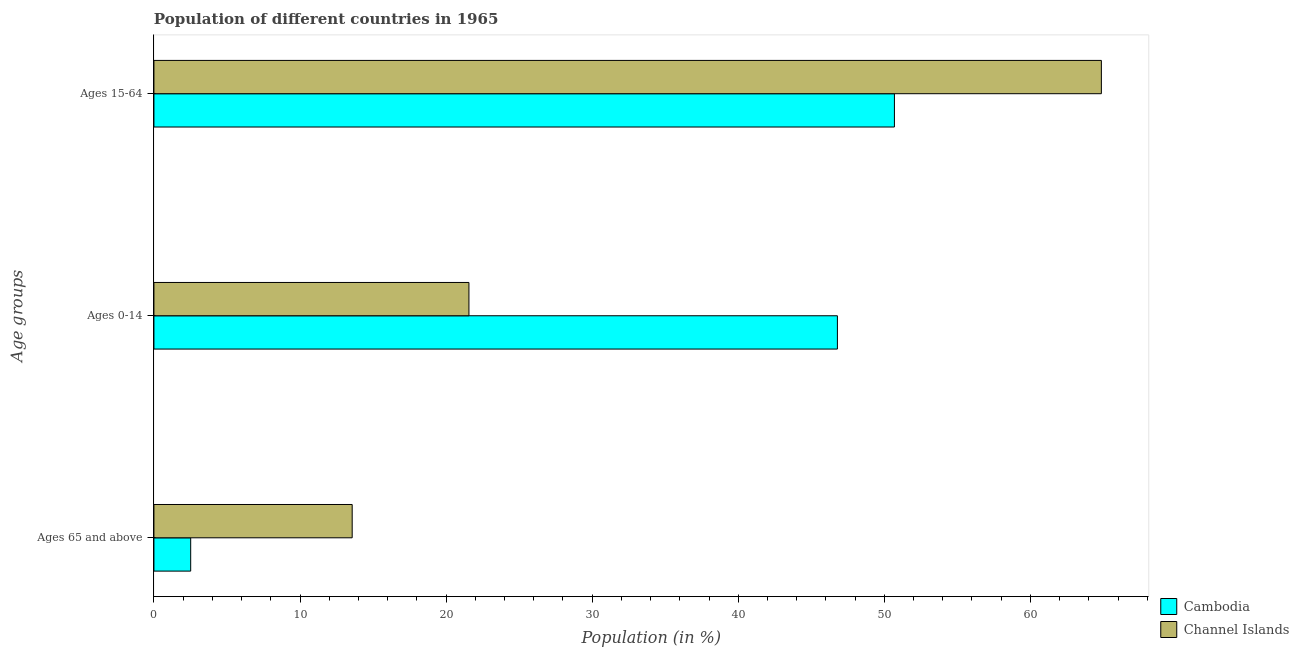
| Age groups | Cambodia | Channel Islands |
 | --- | --- | --- |
 | Ages 65 and above | 2.52 | 13.6 |
 | Ages 0-14 | 46.8 | 21.6 |
 | Ages 15-64 | 50.7 | 64.9 |